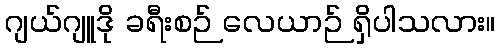
ဂျယ်ဂျူဒို ခရီးစဉ် လေယာဉ် ရှိပါသလား။